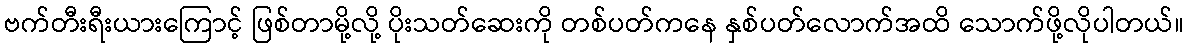
ဗက်တီးရီးယားကြောင့် ဖြစ်တာမို့လို့ ပိုးသတ်ဆေးကို တစ်ပတ်ကနေ နှစ်ပတ်လောက်အထိ သောက်ဖို့လိုပါတယ်။